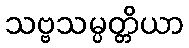
သဗ္ဗသမ္ပတ္တိယာ